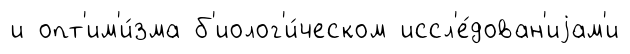
и опт'им'и́зма б'иолог'и́ческом иссл'е́дован'иjам'и